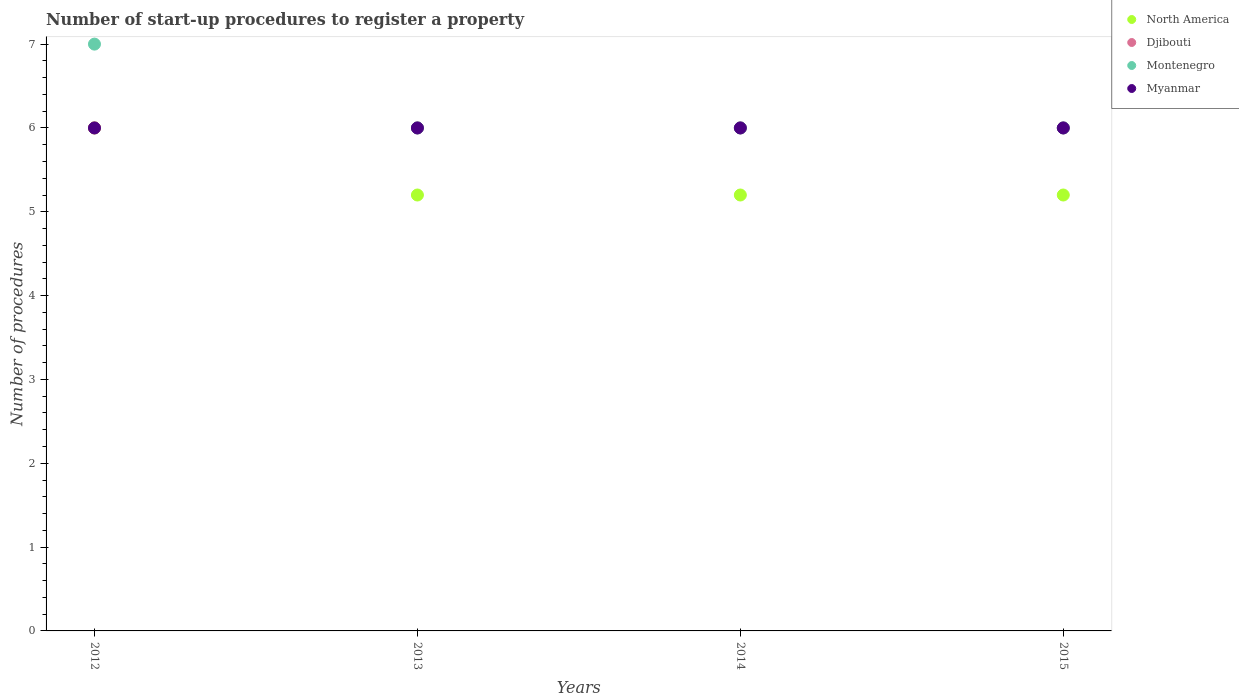
| Years | North America | Djibouti | Montenegro | Myanmar |
 | --- | --- | --- | --- | --- |
 | 2012 | 6 | 6 | 7 | 6 |
 | 2013 | 5.2 | 6 | 6 | 6 |
 | 2014 | 5.2 | 6 | 6 | 6 |
 | 2015 | 5.2 | 6 | 6 | 6 |